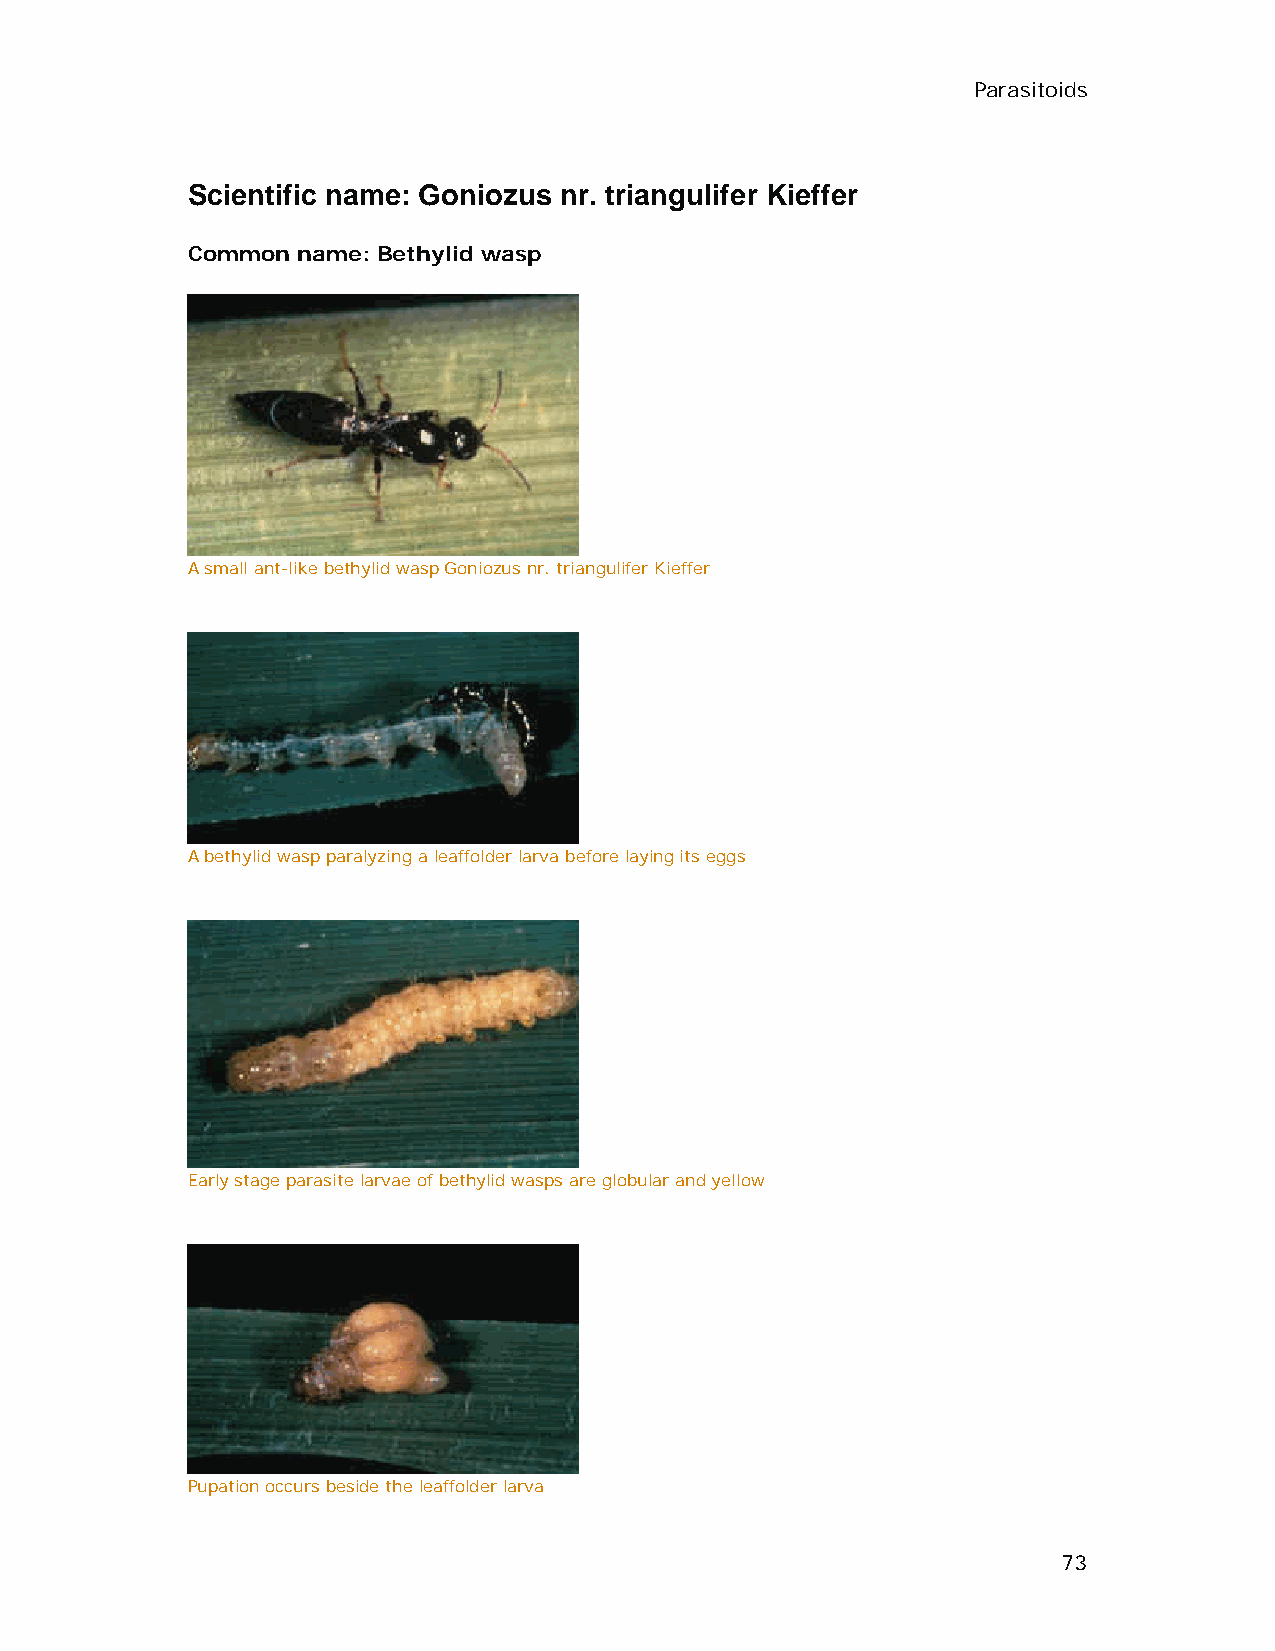
Parasitoids
 Scientific name: Goniozus nr. triangulifer Kieffer
 Common  name: Bethylid wasp
 A small ant-like bethylid wasp Goniozus nr. triangulifer Kieffer
 A bethylid wasp paralyzing a leaffolder larva before laying its eggs
 Early stage parasite larvae of bethylid wasps are globular and yellow
 Pupation occurs beside the leaffolder larva
 73